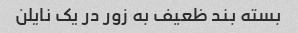
بسته بند ظعیف به زور در یک نایلن